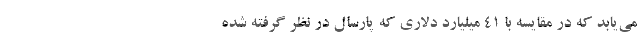
می‌یابد که در مقایسه با ۴۱ میلیارد دلاری که پارسال در نظر گرفته شده